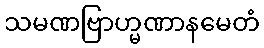
သမဏဗြာဟ္မဏာနမေတံ